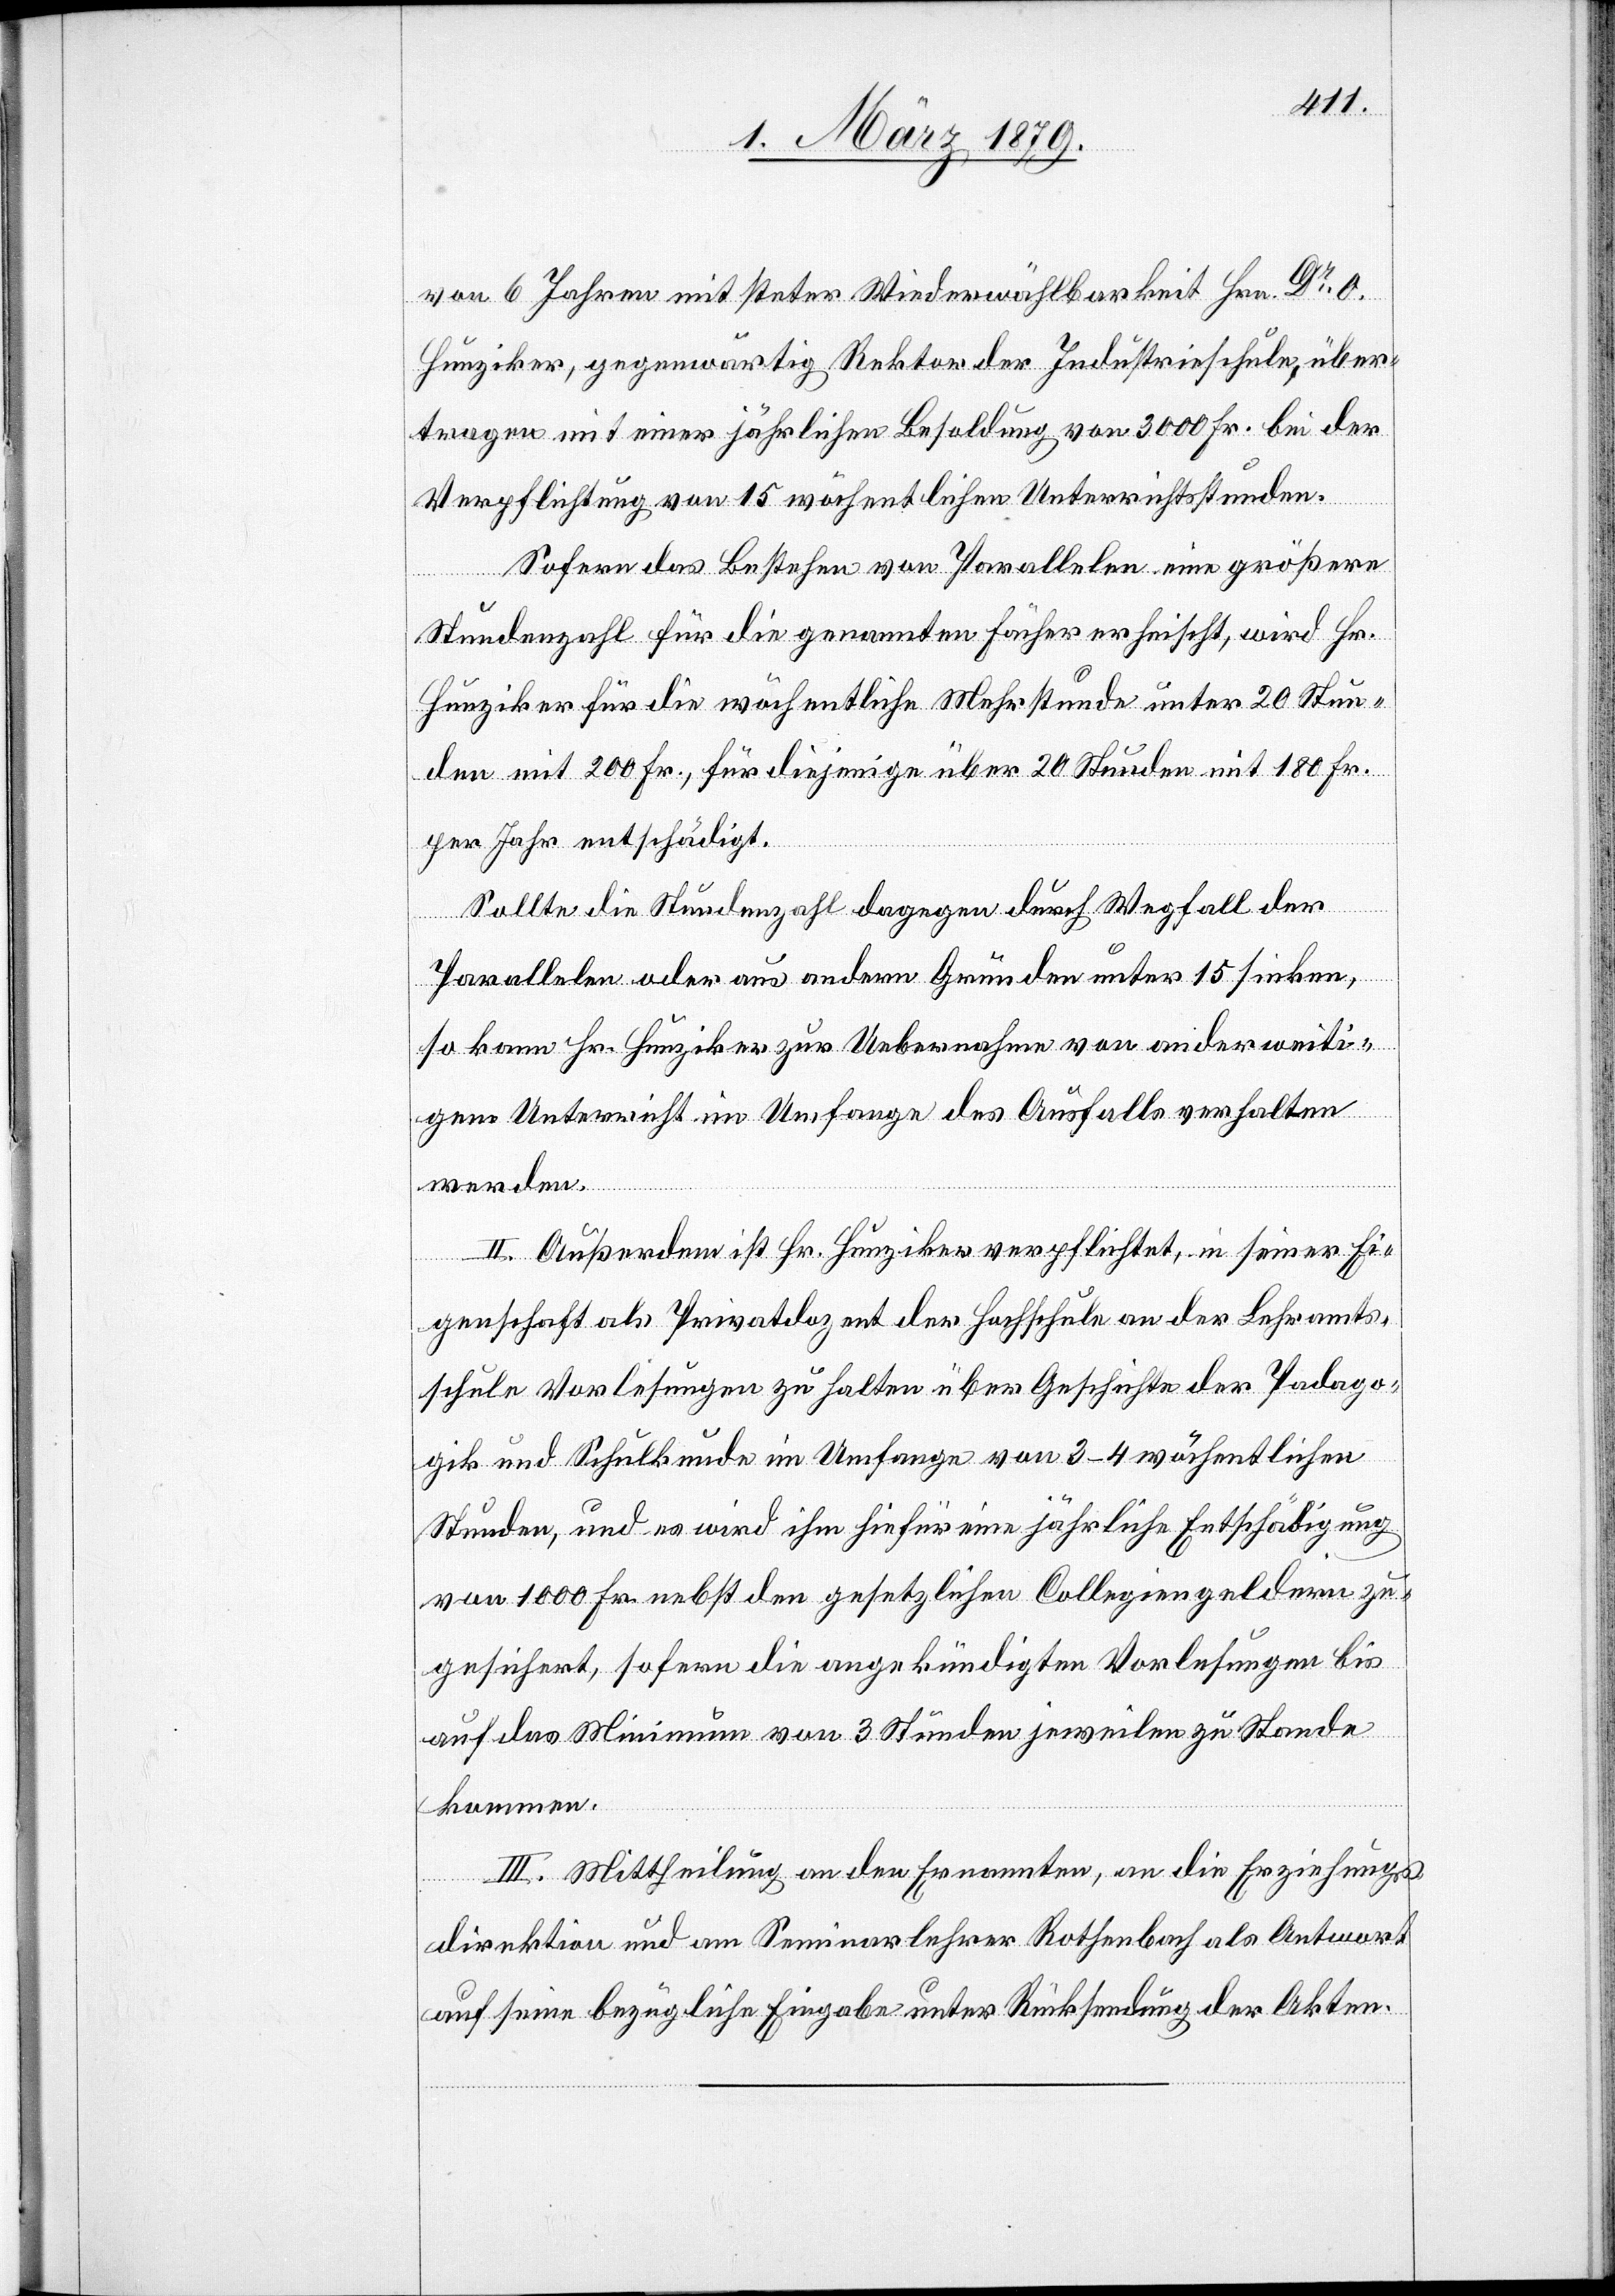
von 6 Jahren mit steter Wiederwählbarkeit Hrn. Dr O.
Hunziker, gegenwärtig Rektor der Industrieschule, über¬
tragen mit einer jährlichen Besoldung von 3000 Fr. bei der
Verpflichtung von 15 wöchentlichen Unterrichtsstunden.
Sofern das Bestehen von Parallelen eine größere
Stundenzahl für die genannten Fächer erheischt, wird Hr.
Hunziker für die wöchentliche Mehrstunde unter 20 Stun¬
den mit 200 Fr., für diejenige über 20 Stunden mit 180 Fr.
per Jahr entschädigt.
Sollte die Stundenzahl dagegen durch Wegfall der
Parallelen oder aus andern Gründen unter 15 sinken,
so kann Hr. Hunziker zur Uebernahme von anderweiti¬
gem Unterricht im Umfange des Ausfalls verhalten
werden.
II. Außerdem ist Hr. Hunziker verpflichtet, in seiner Ei¬
genschaft als Privatdozent der Hochschule an der Lehramts¬
schule Vorlesungen zu halten über Geschichte der Padago¬
gik und Schulkunde im Umfange von 3–4 wöchentlichen
Stunden, und es wird ihm hiefür eine jährliche Entschädigung
von 1000 Fr. nebst den gesetzlichen Collegiengeldern zu¬
gesichert, sofern die angekündigten Vorlesungen bis
auf das Minimum von 3 Stunden jeweilen zu Stande
kommen.
III. Mittheilung an den Ernannten, an die Erziehungs¬
direktion und am [sic!] Seminarlehrer Rothenbach als Antwort
auf seine bezügliche Eingabe unter Rücksendung der Akten.